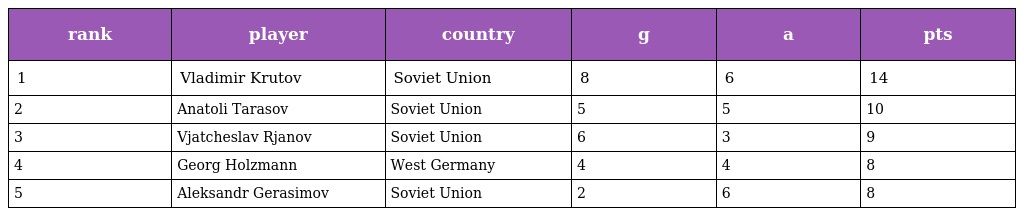
| rank | player | country | g | a | pts |
 | --- | --- | --- | --- | --- | --- |
 | 1 | Vladimir Krutov | Soviet Union | 8 | 6 | 14 |
 | 2 | Anatoli Tarasov | Soviet Union | 5 | 5 | 10 |
 | 3 | Vjatcheslav Rjanov | Soviet Union | 6 | 3 | 9 |
 | 4 | Georg Holzmann | West Germany | 4 | 4 | 8 |
 | 5 | Aleksandr Gerasimov | Soviet Union | 2 | 6 | 8 |